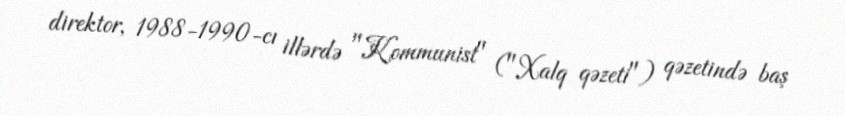
direktor, 1988-1990-cı illərdə "Kommunist" ("Xalq qəzeti") qəzetində baş